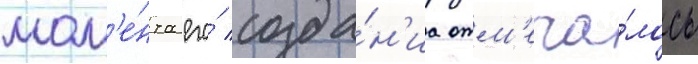
мом'е́нта его́ созда́н'иа отм'еча́лось